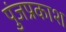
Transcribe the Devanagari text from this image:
पुंजप्रकाश